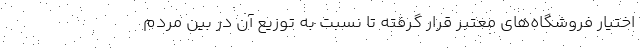
اختیار فروشگاه‌های معتبر قرار گرفته تا نسبت به توزیع آن در بین مردم